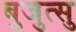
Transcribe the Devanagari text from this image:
बुजुत्सु